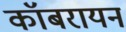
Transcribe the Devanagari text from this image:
कॉबरायन